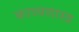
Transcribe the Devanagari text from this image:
काव्‍यशास्‍त्र